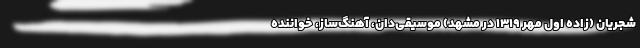
شجریان (زادهٔ اول مهر ۱۳۱۹ در مشهد) موسیقی‌دان، آهنگ‌ساز، خواننده